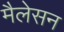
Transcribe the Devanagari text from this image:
मैलेसन